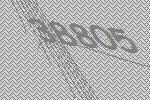
38805